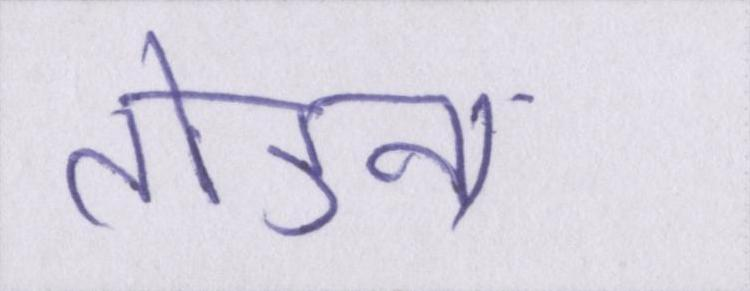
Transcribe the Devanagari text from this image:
तोड़ना